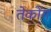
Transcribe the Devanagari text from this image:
तेकोंग